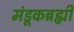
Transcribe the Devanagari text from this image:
मंडूकब्रह्मी